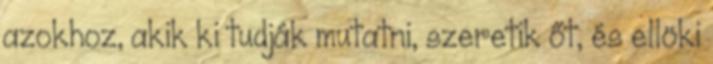
azokhoz, akik ki tudják mutatni, szeretik őt, és ellöki